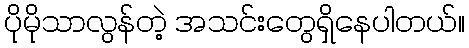
ပိုမိုသာလွန်တဲ့ အသင်းတွေရှိနေပါတယ်။